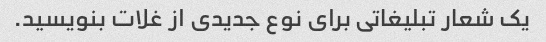
یک شعار تبلیغاتی برای نوع جدیدی از غلات بنویسید.